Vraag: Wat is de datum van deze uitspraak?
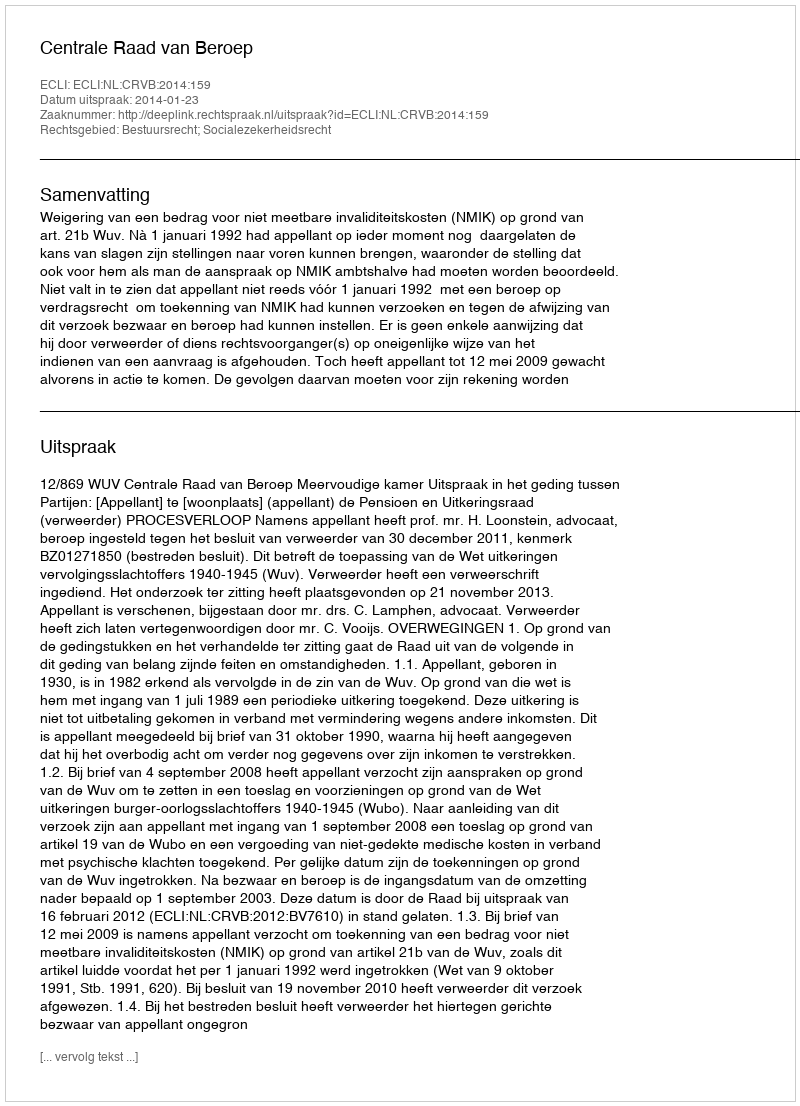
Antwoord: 2014-01-23